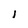
Character: l